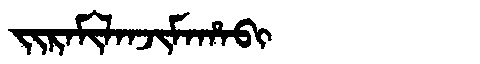
Manchu: ᠵᡳᡵᠠᠮᡳᠯᠠᠨᠵᡳᠮᠠᡥᠠᠪᡳ
Romanization: JIRAMILANJIMAHABI